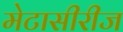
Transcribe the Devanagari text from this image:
मेटासीरीज